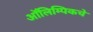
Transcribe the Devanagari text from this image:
आॅलिम्पिकचे